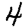
Digit: 4